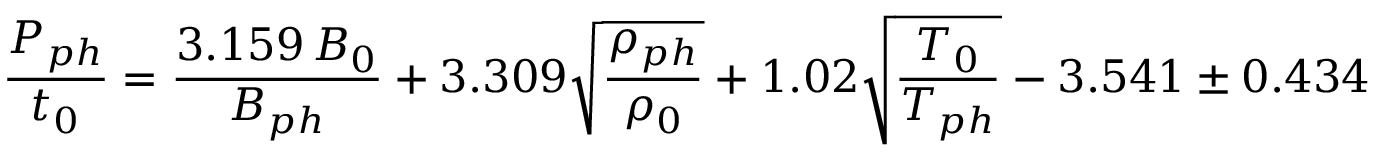
\frac { P _ { p h } } { t _ { 0 } } = \frac { 3 . 1 5 9 \, B _ { 0 } } { B _ { p h } } + 3 . 3 0 9 \sqrt { \frac { \rho _ { p h } } { \rho _ { 0 } } } + 1 . 0 2 \sqrt { \frac { T _ { 0 } } { T _ { p h } } } - 3 . 5 4 1 \pm 0 . 4 3 4